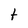
Character: t